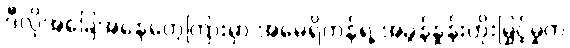
ဒီလိုအခြေအနေတွေကြားမှာ အမေရိကန်ရဲ့ အခွန်နှုန်းတိုးမြှင့်မှုက